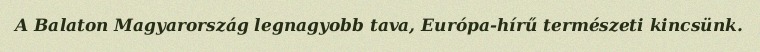
A Balaton Magyarország legnagyobb tava, Európa-hírű természeti kincsünk.